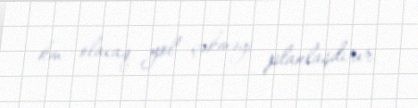
km olacaq yol çəkməyi planlaşdırır.